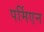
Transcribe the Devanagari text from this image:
पर्मिएन